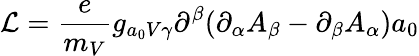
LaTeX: {\cal L}=\frac{e}{m_{V}}g_{a_{0}V\gamma}\partial^{\beta}(\partial_{\alpha}A_{\beta}-\partial_{\beta}A_{\alpha})a_{0}